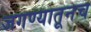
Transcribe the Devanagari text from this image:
जगण्यातूनच